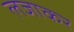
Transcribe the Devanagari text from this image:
लजाकर